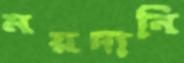
ময়দানি